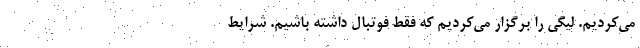
می‌کردیم. لیگی را برگزار می‌کردیم که فقط فوتبال داشته باشیم. شرایط